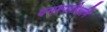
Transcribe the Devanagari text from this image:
वनस्पतीआणि